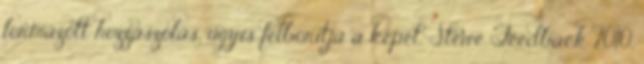
formázott hozzászólás, úgyis felborítja a képet. Stewe Feedback 2010.